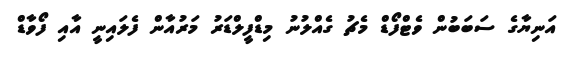
އަނިޔާގެ ސަބަބުން ވެޓްފޯޑް މެޗު ގެއްލުނު މިޑްފީލްޑަރު މަރުއާން ފެލައިނީ އާއި ފޯވާޑް